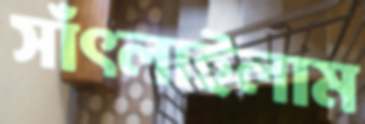
সাঁৎলাইলাম